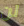
لن